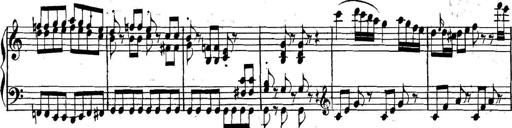
Title: Collected Piano Sonatas
Composer: Muzio Clementi